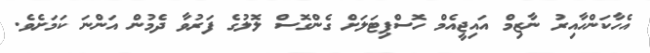
އެހާކަންހާއިރު ނާޒިމް އައިޖީއެމް ހޮސްޕިޓަލަށް ގެންގޮސް ލޮލުގެ ފަރުވާ ދެމުން އަންނަ ކަމަށެވެ.